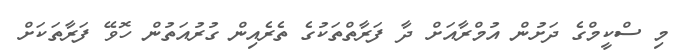
މި ސްކީމްގެ ދަށުން އުމްރާއަށް ދާ ފަރާތްތަކުގެ ތެރެއިން ގުރުއަތުން ހޮވޭ ފަރާތަކަށް